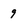
Character: g